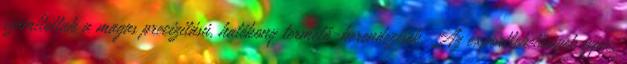
számítottak a magas precizitású, hatékony termelő-berendezések. Az exportlehetőségek gyors